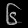
Digit: ၆